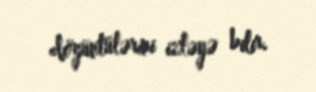
döyüntülərini izləyə bilir.